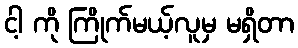
ငါ့ ကို ကြိုက်မယ့်လူမှ မရှိတာ